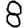
Digit: 8